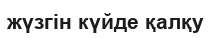
жүзгін күйде қалқу